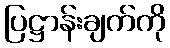
ပြဋ္ဌာန်းချက်ကို